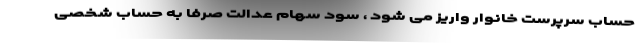
حساب سرپرست خانوار واریز می شود ، سود سهام عدالت صرفا به حساب شخصی